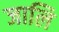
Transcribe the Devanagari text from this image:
जालि